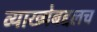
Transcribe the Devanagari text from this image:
व्याख्येबद्दलच